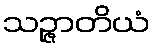
သဉ္ဇာတိယံ